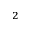
^ 2